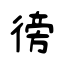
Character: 徬